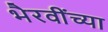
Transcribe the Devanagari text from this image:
भैरवींच्या